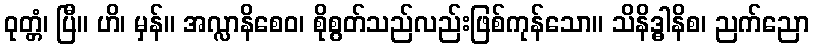
ဝုတ္တံ၊ ပြီ။ ဟိ၊ မှန်။ အလ္လာနိစေဝ၊ စိုစွတ်သည်လည်းဖြစ်ကုန်သော။ သိနိဒ္ဓါနိစ၊ ညက်ညော